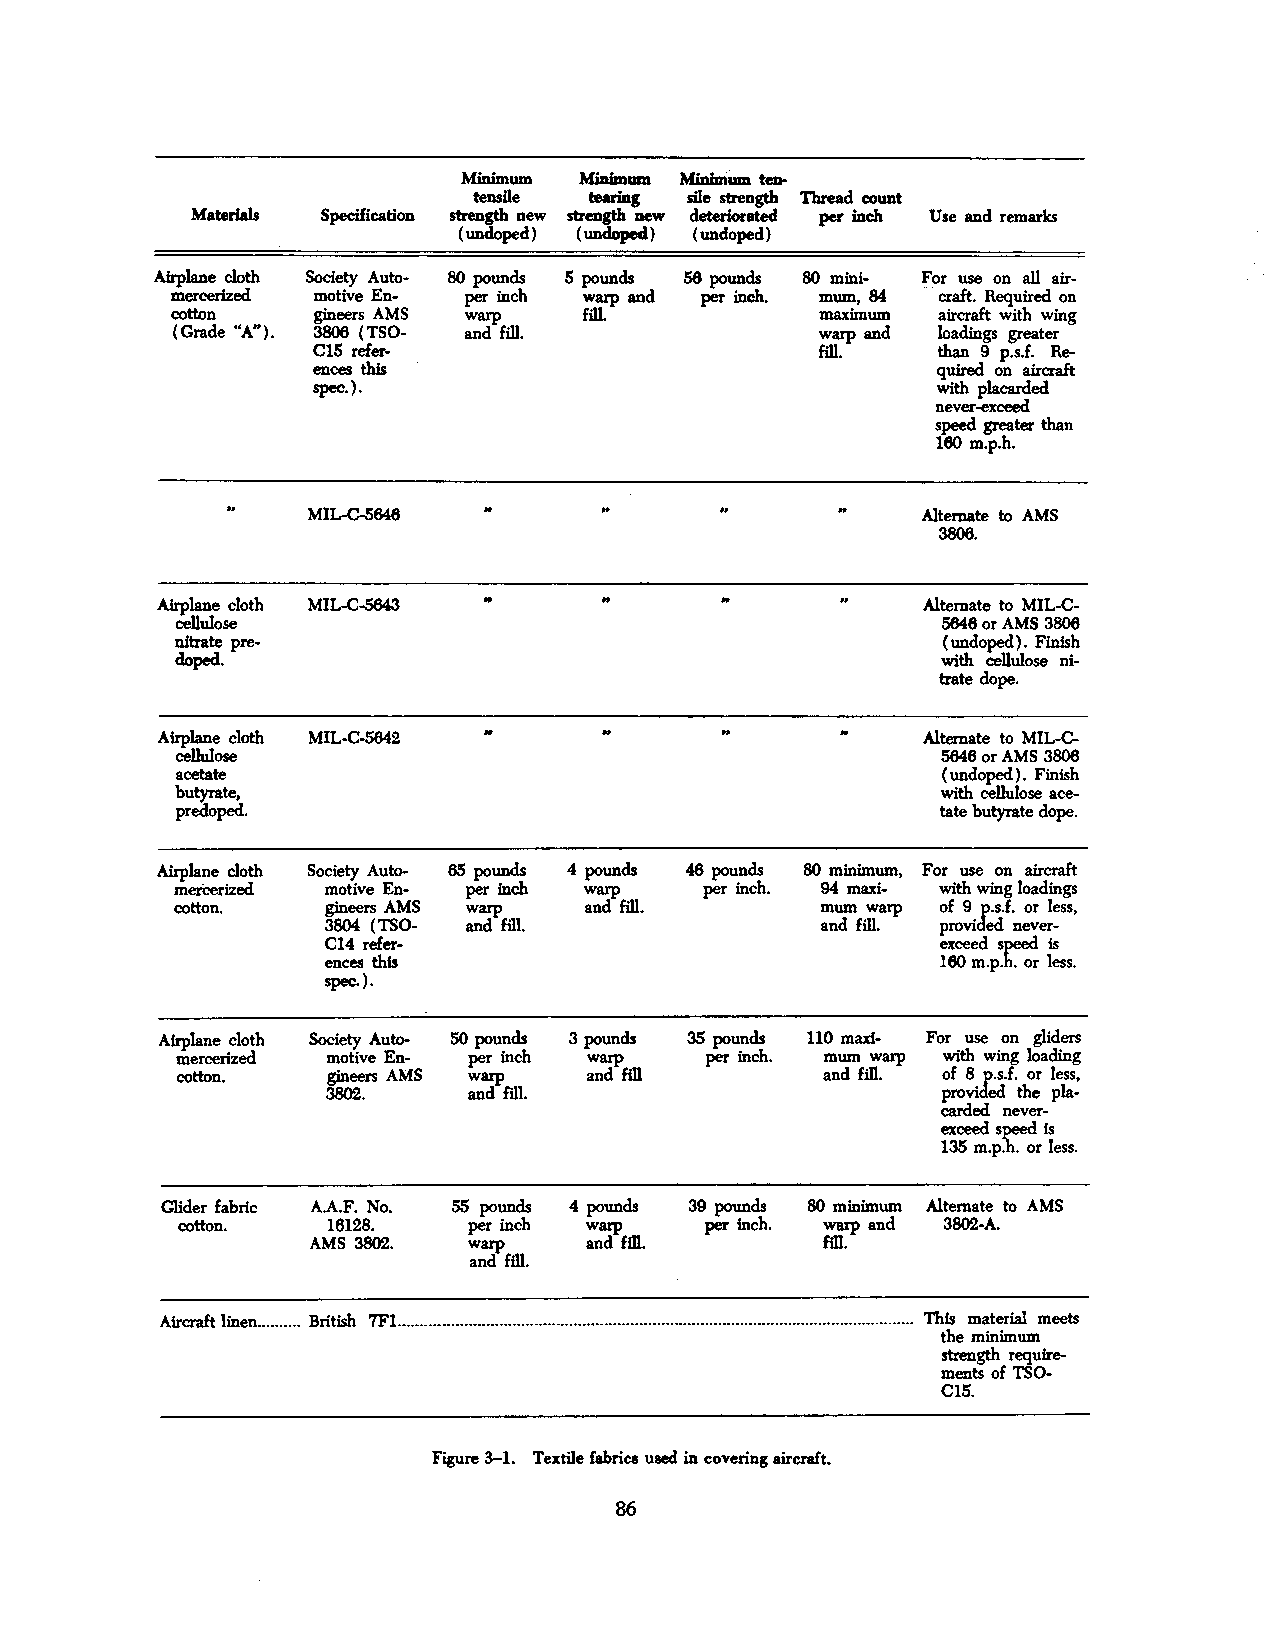
Minimum Minimum MinimUm tea-
 teDSile tearing sile strength Thread COUDt
 Materials Specification strength DeW strength new deteriorated per inch Use aud remarks
 (undoped) (undoped) (undoped)
 Airplane cloth Society Auto- 80 pounds 5 pounds 56 pounds 80 mini- for use on all air-
 mercerized motive En- per inch warp aud per inch. mum, 84 craft. Required on
 cotton    gineers AMS warp  fiJI.          maximum aircraft with wing
 (Grade "A. . ). 3806 (TSO- aud fill.       warp aud loadings greater
 C15 refer-                       fill.   than 9 p.s.f. Re-
 ences this                               quired on aircraft
 spec.).                                  with placarded
 never. :exceed
 speed greater than
 160 m.p.h.
 ..
 MIL-C-5646                               Alternate to AMS
 3806.
 ..      ..
 Airplane cloth MIL-C-5643                          Alternate to MIL-C-
 Cellulose                                         5646 or AMS 3806
 nitrate pre-                                      (undoped). Finish
 doped.                                            with Cellulose ni-
 trate dope.
 ..
 Airplane cloth MIL-C-5642                          Alternate to MIL-C-
 c:ieDulose                                        5646 or AMS 3806
 acetate                                           ( undoped). Finish
 butyrate,                                         with cellulose ace-
 predoped.                                         tate butyrate dope.
 Airplane cloth Society Auto- 65 pounds 4 pounds 46 pounds 80 minimum, For use on aircraft
 mereerized motive En- per inch warp per inch. 94 maxi- with wing loadings
 cotton.   gineers AMS warp aud fill.      mum warp of 9 J:.s.f. or less,
 3804 (TSO- and fill.             and fill. provi ed never-
 C14 refer-                               exceed sr.: is
 ences this                               160 m.p. . or less.
 spec.).
 Airplane cloth Society Auto- 50 pounds 3pounds 35 pounds 110 maxi- For use on gliders
 mercerized motive En- per inch     per inch. mum warp with wing loading
 cotton.   gineers AMS warp Jfill          and fill. of 8 J:.s.f. or less,
 3802.    aud mi.                        provi ed the pia-
 Carded never-
 exceed~ is
 135 m.p. . or less.
 Glider fabric A.A.F. No. 55 pounds 4 pounds 39 pounds 80 minimum Alternate to AMS
 cotton.   16128.   per inch warp r m. per inch. ~aud 3802-A.
 AMS 3802.  warp    and            fill.
 and fill.
 Aircraft linen.......... British 7F1...................................................................................................................... This material meets
 the minimum
 strength require-
 ments of TSO-
 C15.
 Figure 3-1. Textile fabrics used in covering aircraft.
 86